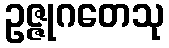
ဥဇ္ဇုဂတေသု